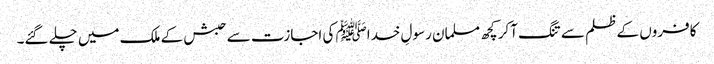
کافروں کے ظلم سے تنگ آکر کچھ مسلمان رسولِ خداﷺ کی اجازت سے حبش کے ملک میں چلے گئے۔